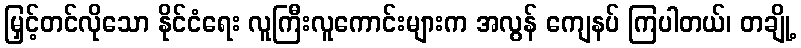
မြှင့်တင်လိုသော နိုင်ငံရေး လူကြီးလူကောင်းများက အလွန် ကျေနပ် ကြပါတယ်၊ တချို့